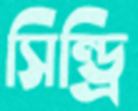
সিন্ড্রি